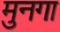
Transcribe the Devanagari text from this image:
मुनगा